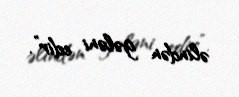
əlindən gələni edir”.